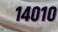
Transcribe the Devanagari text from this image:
१४०१०